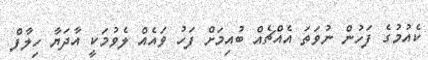
ކެއުމުގެ ފަހުން ނުވަތަ އެއްޗެއް ބުއިމަށް ފަހު ވައެއް ލެވުމަކީ އާދަޔާ ހިލާފް